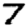
Digit: 7